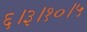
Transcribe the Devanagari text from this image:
६।३।१०।५